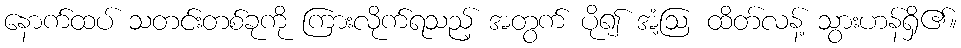
နောက်ထပ် သတင်းတစ်ခုကို ကြားလိုက်ရသည့် အတွက် ပို၍ အံ့ဩ ထိတ်လန့် သွားဟန်ရှိ၏။